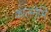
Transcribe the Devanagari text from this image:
कालनेभि